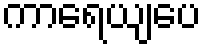
ကာရေယျပေ